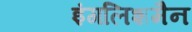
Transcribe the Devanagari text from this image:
इंगलिशमैन